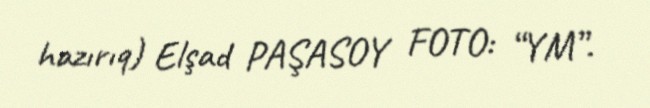
hazırıq) Elşad PAŞASOY FOTO: “YM”.